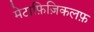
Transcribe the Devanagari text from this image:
मेटाफ़िज़िकलफ़